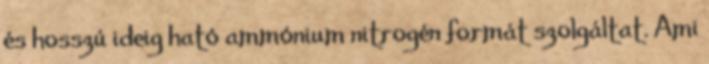
és hosszú ideig ható ammónium nitrogén formát szolgáltat. Ami